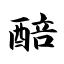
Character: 醅